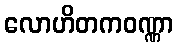
လောဟိတကဝဏ္ဏာ